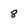
Character: 8